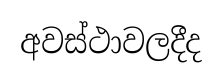
අවස්ථාවලදීද